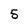
Character: 5